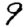
Digit: 9